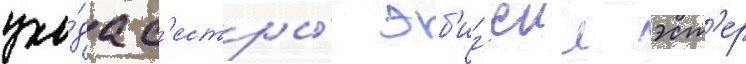
ухо́да с'естры́ эб'иг'еил эст'ер